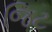
જિટ